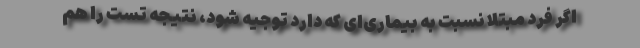
اگر فرد مبتلا نسبت به بیماری‌ای که دارد توجیه شود، نتیجه تست را هم